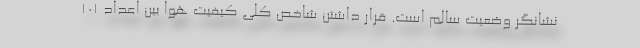
نشانگر وضعیت سالم است. قرار داشتن شاخص کلی کیفیت هوا بین اعداد ۱۰۱